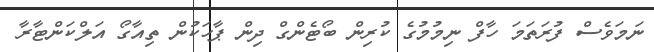
ނަމަވެސް ފުރަތަމަ ހާފް ނިމުމުގެ ކުރިން ބޯޓެންގް ދިން ޕާހަކުން ތިއާގޯ އަލްކަންޓާރާ